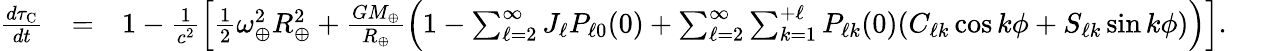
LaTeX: \begin{array}{rlr}{\frac{d\tau_{\mathrm{C}}}{dt}}&{=}&{1-\frac{1}{c^{2}}\Big[{\textstyle\frac{1}{2}}\omega_{\oplus}^{2}R_{\oplus}^{2}+\frac{GM_{\oplus}}{R_{\oplus}}\Big(1-\sum_{\ell=2}^{\infty}J_{\ell}P_{\ell 0}(0)+\sum_{\ell=2}^{\infty}\sum_{k=1}^{+\ell}P_{\ell k}(0)(C_{\ell k}\cos k\phi+S_{\ell k}\sin k\phi)\Big)\Big].~~~~~}\end{array}